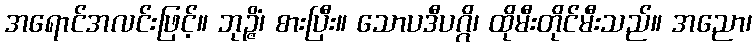
အရောင်အလင်းဖြင့်။ ဘုဉ္ဇိံ၊ စားပြီး။ သောပဒီပဂ္ဂိ၊ ထိုမီးတိုင်မီးသည်။ အညော၊